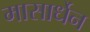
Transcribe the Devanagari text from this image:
मासार्धेन